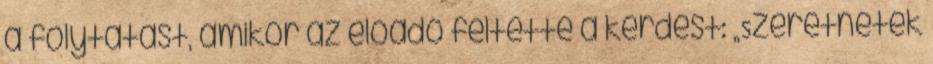
a folytatást, amikor az előadó feltette a kérdést: „Szeretnétek